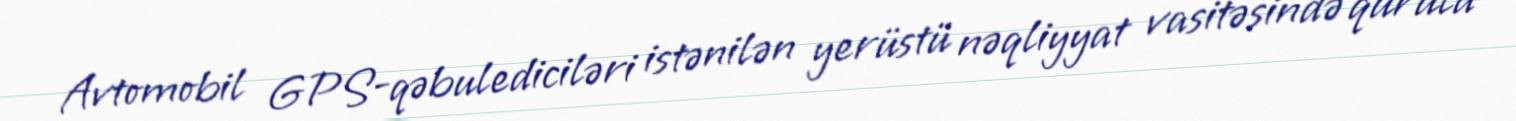
Avtomobil GPS-qəbulediciləri istənilən yerüstü nəqliyyat vasitəsində qurula